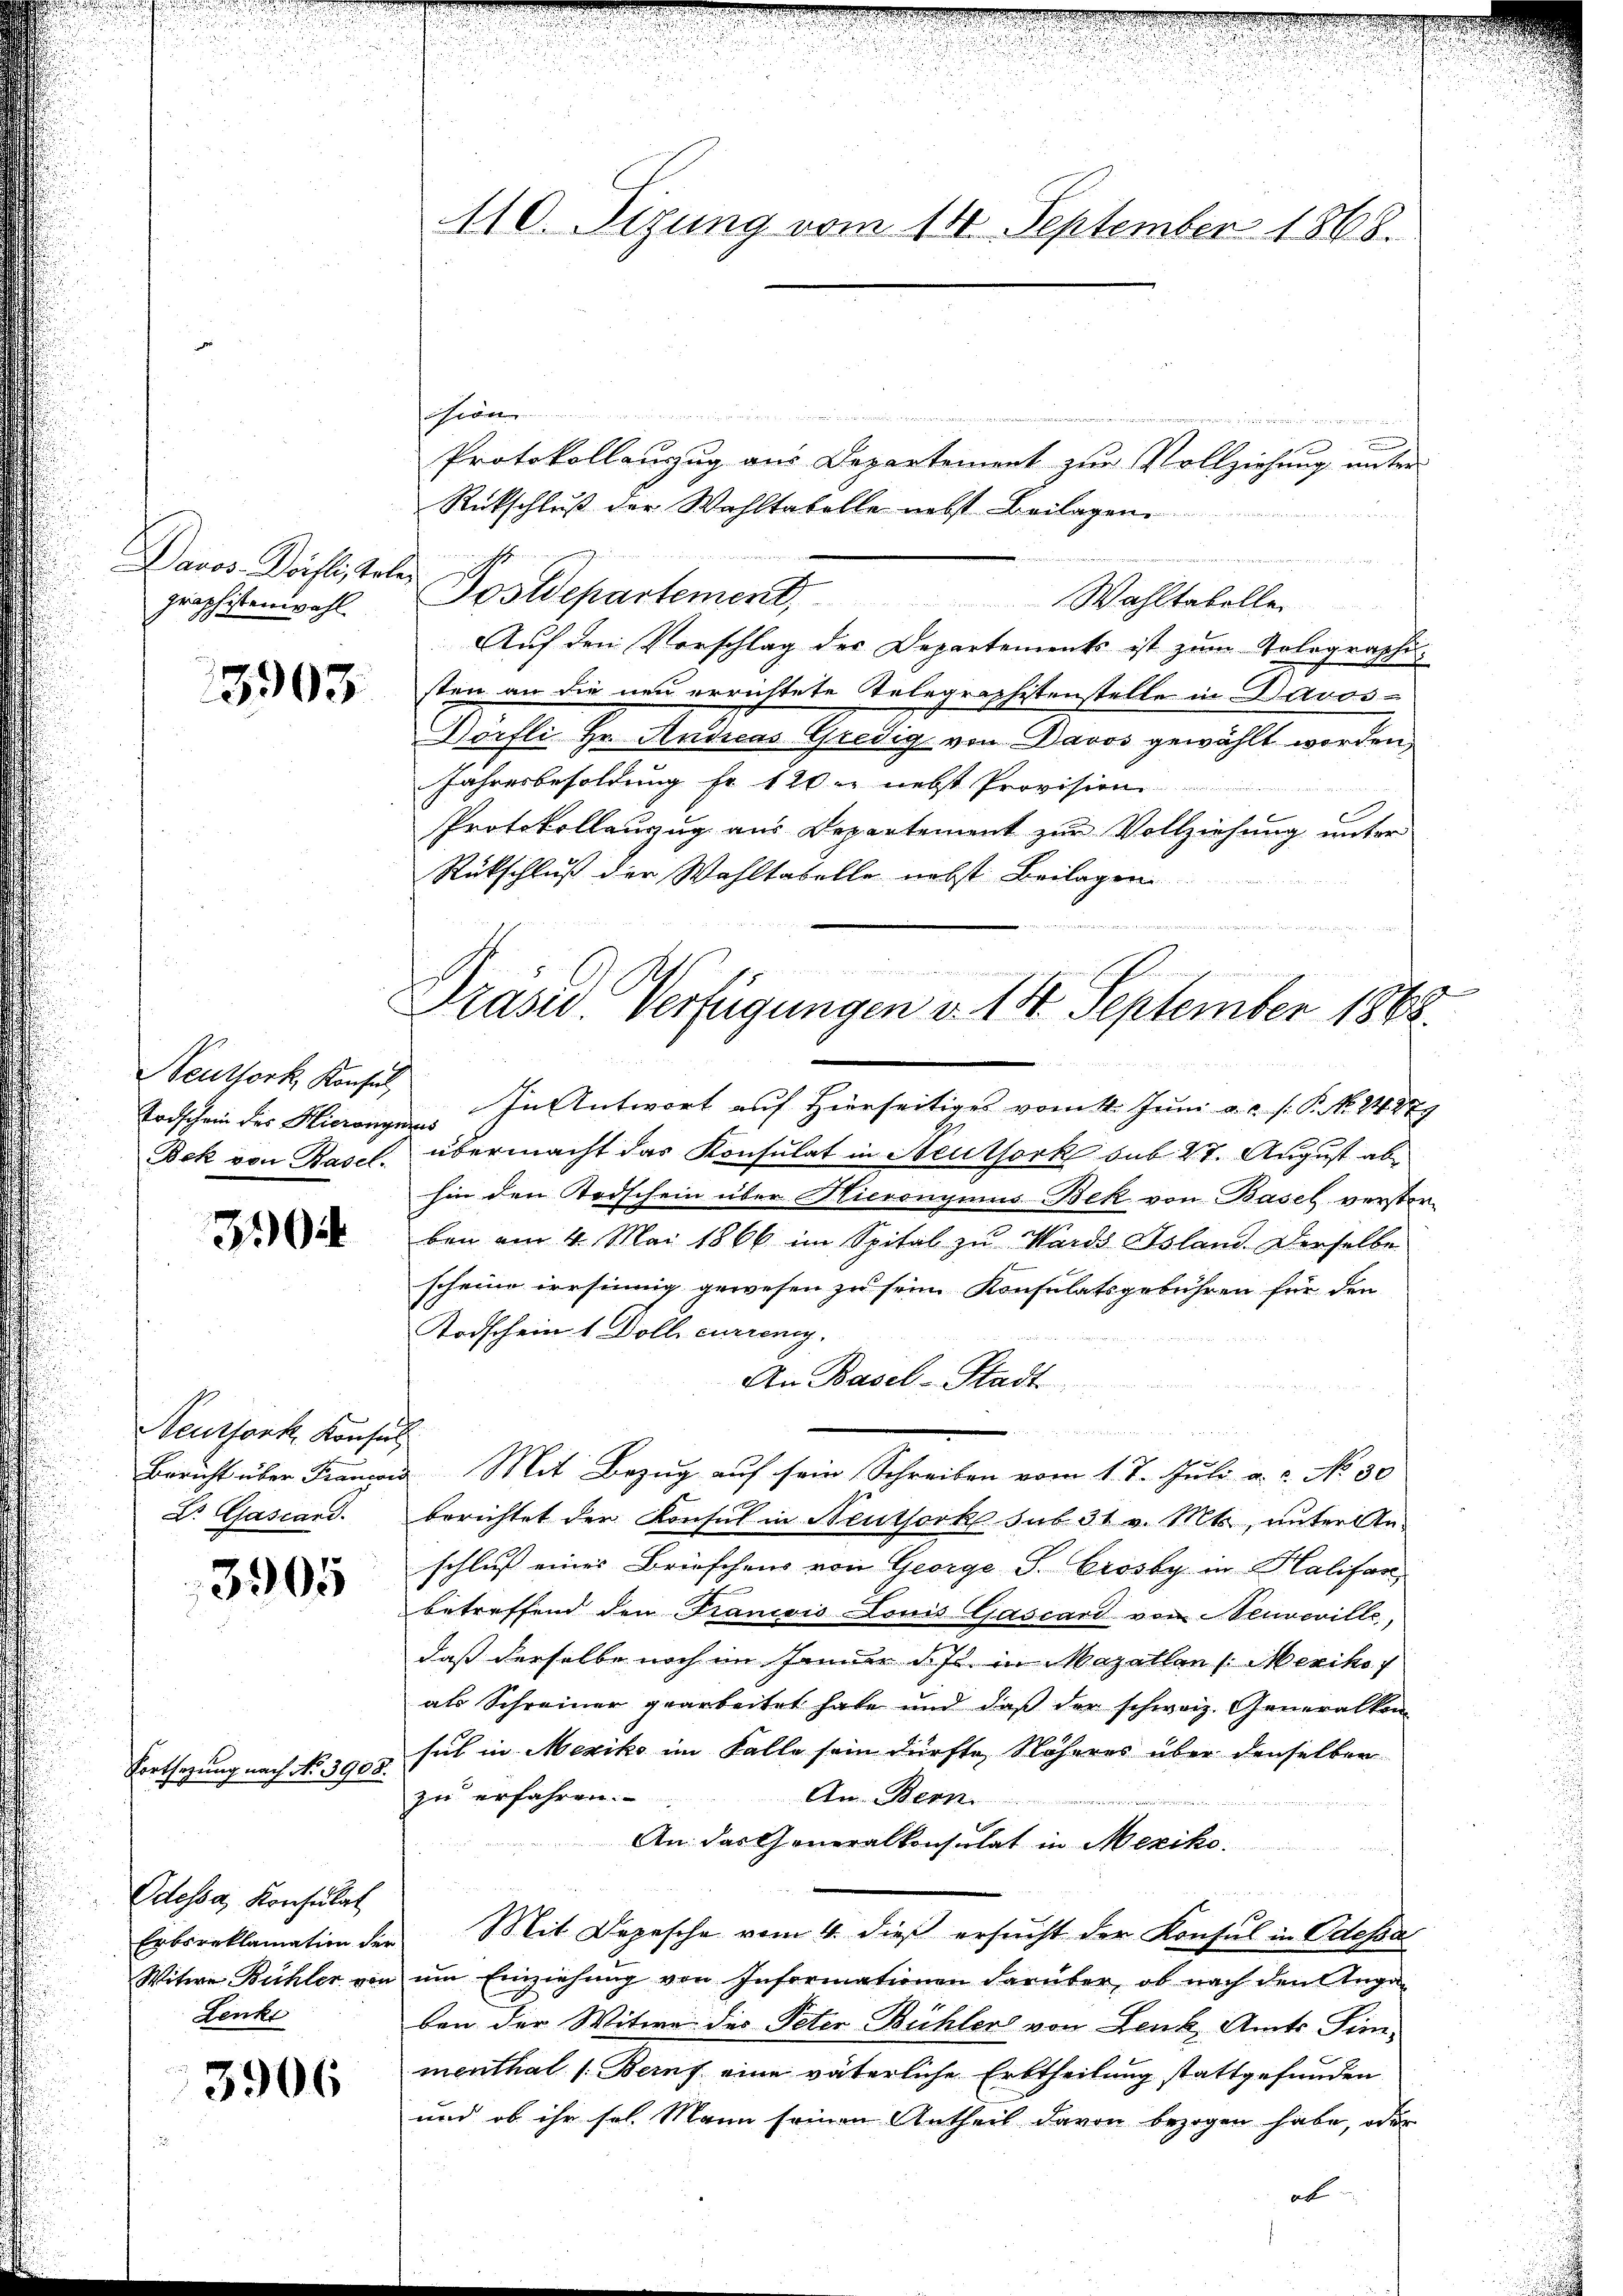
Davos- Dörfli, Solei
graphistenwahl.

13903.

euthork, Konsul
Todschein des Hieronymi
Bek von Basel.

304

Neutfork, Konsur
Bericht über Francois
Dr. Gascand.

3905

Fortsezung nach No. 3908.

Odessa, Konsulat
Erbsreklamation der
Witwe Bühler von
Lenke

3906

o
  zu eigen
 f 0 x
Protokollanzug aus Departement zur Vollziehung unter
Rückschluß der Wahltabelle nebst Beilagen
n
Postdepartement. Wahltabeller
Aŭf den Vorschlag der Departements ist zum Telegraphi-
sten an die neu errichtete Telegraphistenstelle in Davos-
Dürfte Hr. Neuen Gredig von Davos gewählt werden,
Jahresbesoldung fr. 120 nebst Provision
Protokollenzug aus Departement zur Vollziehung unter
Rückschluß der Wahltabelle nebst Beilagen
u

110. Sizung vom 14. September 1868.

In Antwort auf Hierseitiges vom 4. Juni a.c. s. P. N. 24279
f
übermacht das Konsulat in Neuthork sub 27. August abhin den Todschein über Hieronymms-Bek von Basel verstorben am 4. Mai 1866 im Spital zu Wards Island. Derselbe
scheine irrsinnig gewesen zu sein Konsulatsgebühren für den
Todschein 1 Dolli curreng.
An Basel-Stadt
Mit Bezug auf sein Schreiben vom 17. Juli a. c. No 30
berichtet der Konsul in Neuthork sub 31 v. Mts., unter An
schluß eines Briefchens von George S. Crosby in Halifar
betreffend den Francois Louis Gascard von Neuveville,
daß derselbe noch im Januar d. Js. in Mazellen /: Mexiko f
als Schreiner gearbeitet habe und daß der schweiz. Generalkomsuch in Mexiko im Falle sein dürfte, Näheres über denselben
zu erfahren.
Am Bern.
An das Generalkonsulat in Mexiko
Mit Depesche vom 4. dieß ersucht der Konsul in Odessa
um Einziehung von Informationen darüber, ob nach den Anga
ben der Witwe die Peter Bühler von Lenk, Amts Sim-
menthal (Beruf eine väterliche Erbtheilung stattgefunden
und ob ihr sel. Mann seinen Antheil davon bezogen habe, oder
ab

1
Prasis Verfügungen v. 18. September 1868.

u